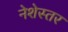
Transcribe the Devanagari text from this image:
नेशेस्तर